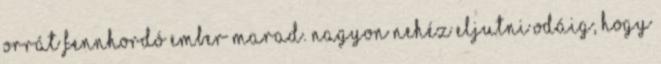
orrát fennhordó ember marad. Nagyon nehéz eljutni odáig, hogy